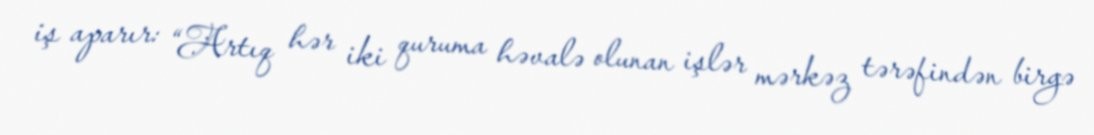
iş aparır: “Artıq hər iki quruma həvalə olunan işlər mərkəz tərəfindən birgə